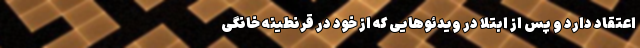
اعتقاد دارد و پس از ابتلا در ویدئوهایی که از خود در قرنطینه خانگی